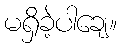
မရှိခဲ့ပါချေ။